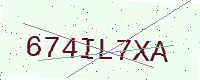
Text: 674IL7XA